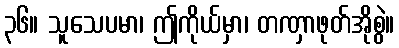
၃၆။ သူသေပမာ၊ ဤကိုယ်မှာ၊ တဏှာဖုတ်အိုစွဲ။